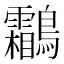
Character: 鸘